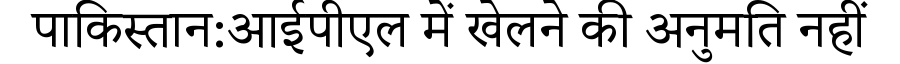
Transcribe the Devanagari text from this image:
पाकिस्तान:आईपीएल में खेलने की अनुमति नहीं